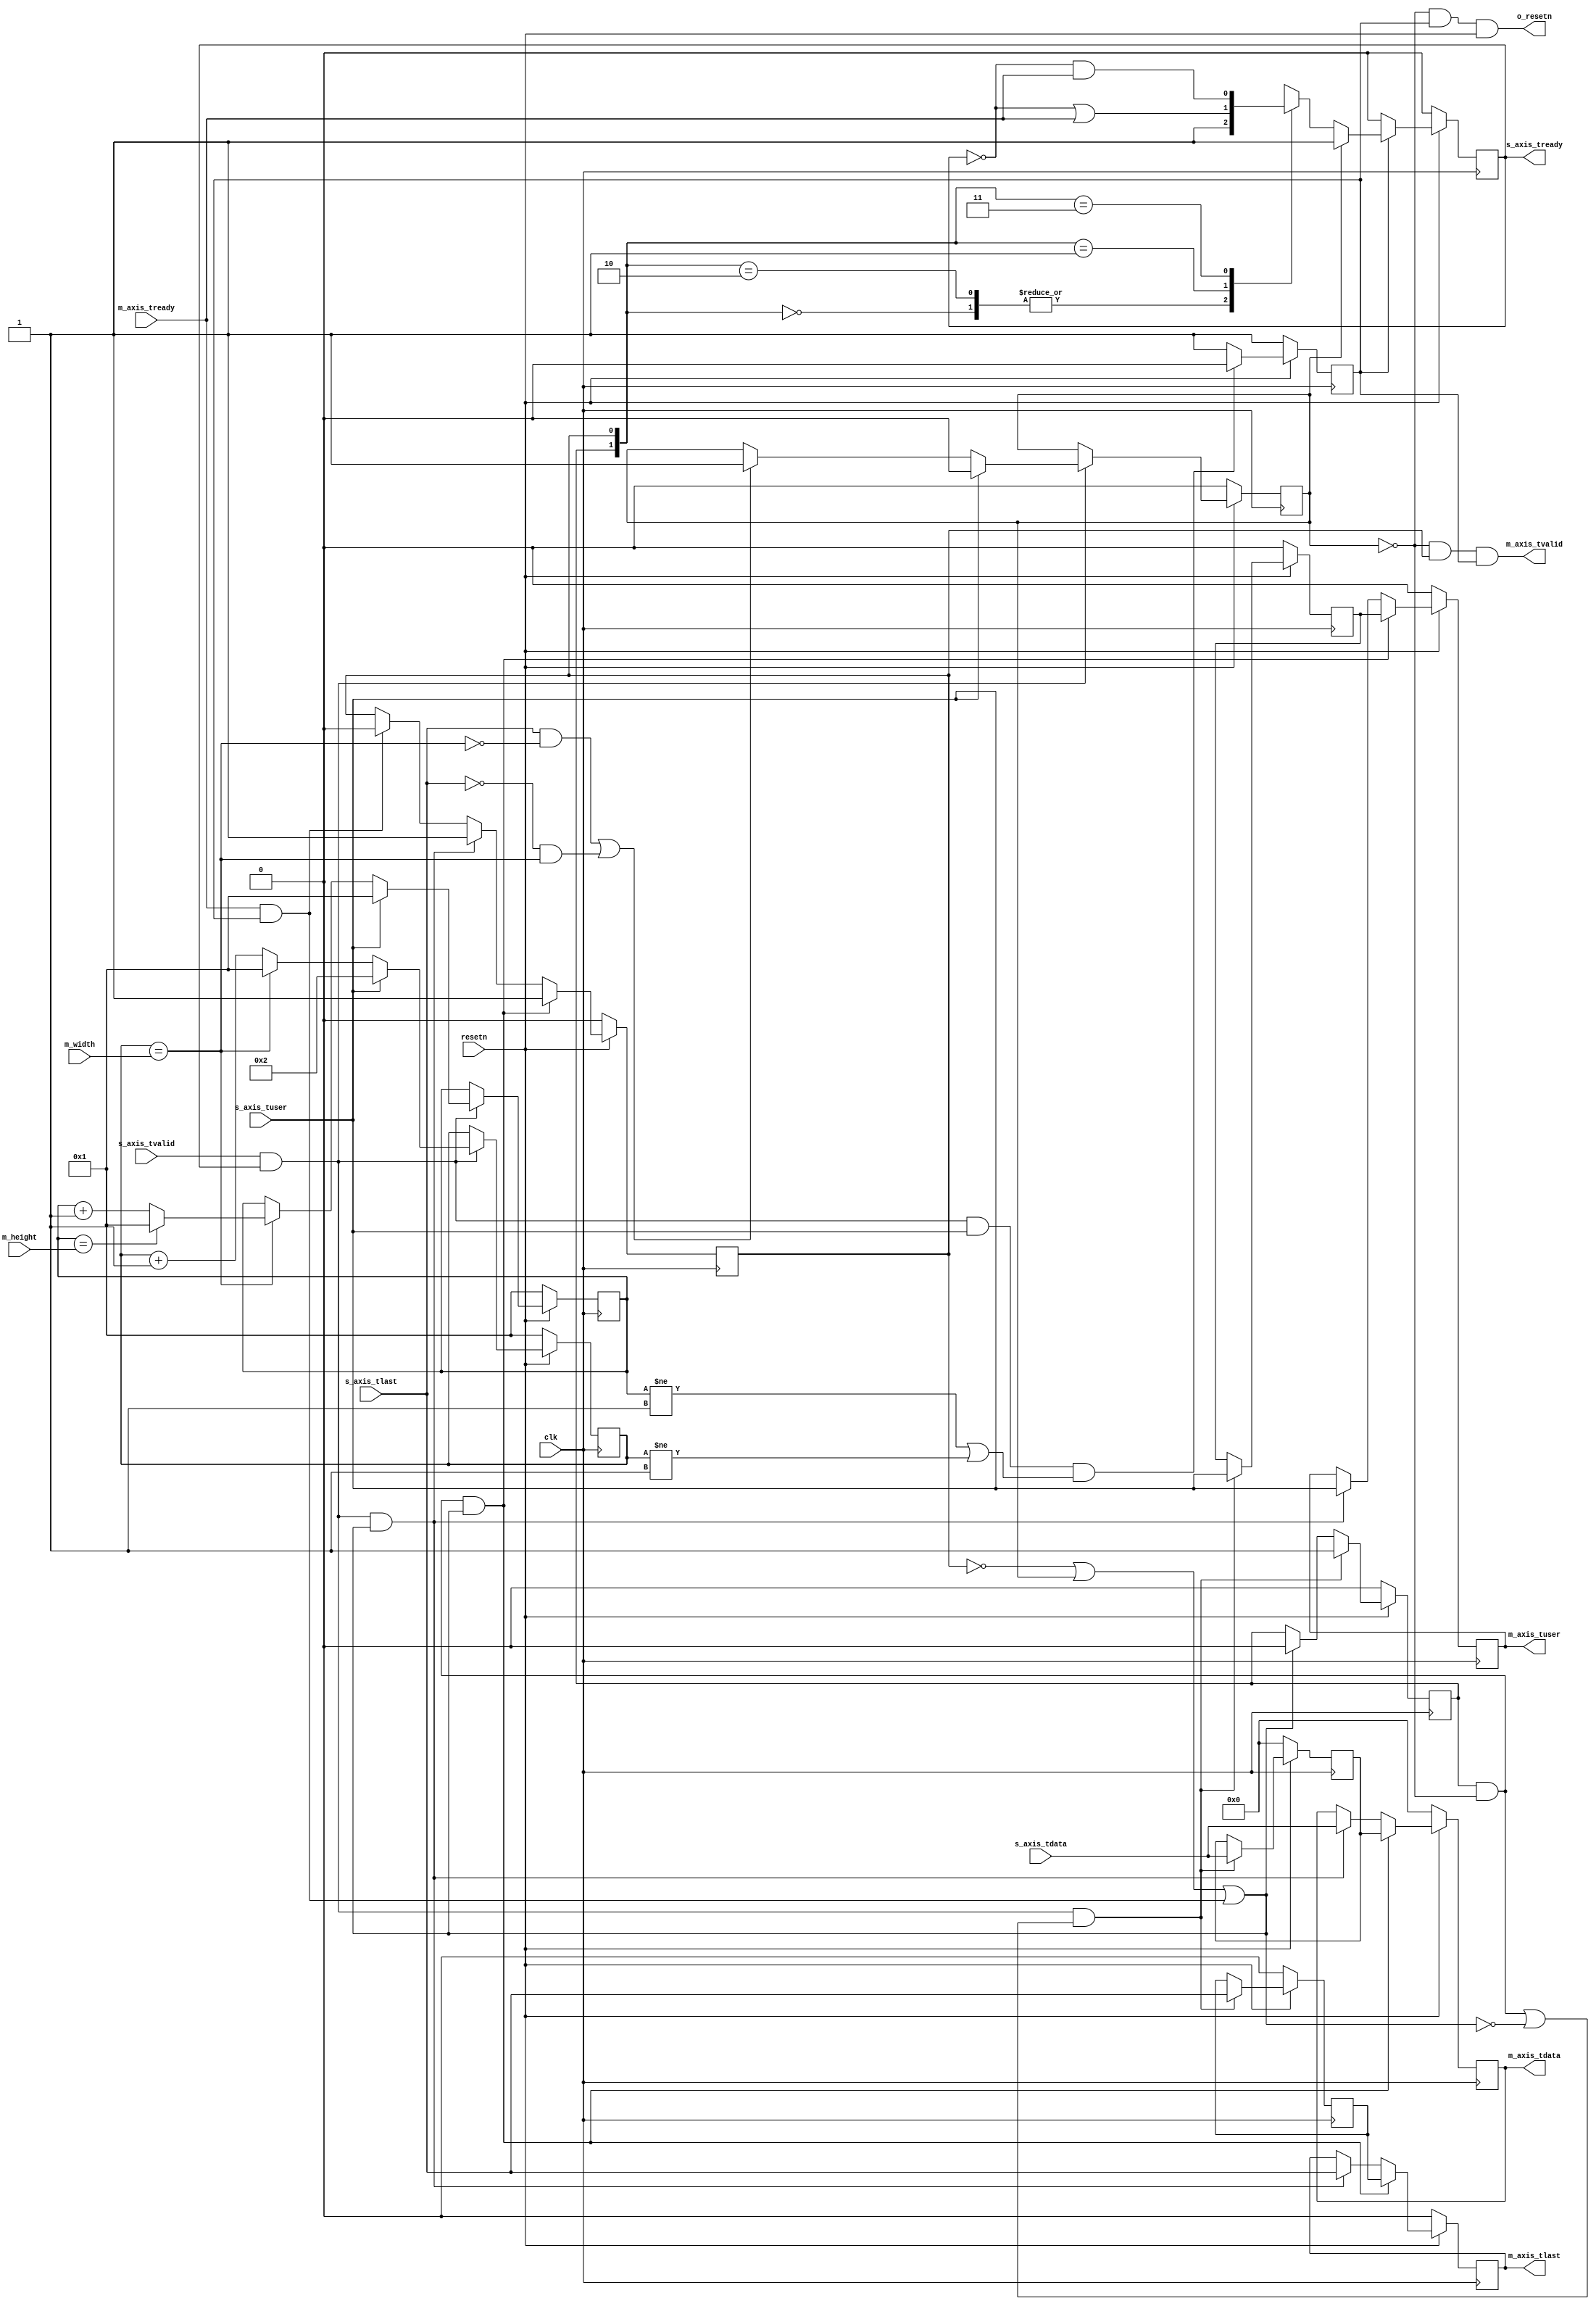
`timescale 1ns / 1ps
//////////////////////////////////////////////////////////////////////////////////
// Company:
// Engineer:
//
// Design Name:
// Module Name: scaler
// Project Name:
// Target Devices:
// Tool Versions:
// Description:
//
// Dependencies:
//
// Revision:
// Revision 0.01 - File Created
// Additional Comments:
//
//////////////////////////////////////////////////////////////////////////////////
module axis_reshaper_v2 #
(
	parameter integer C_PIXEL_WIDTH = 8,
	parameter integer C_LOCK_FRAMES = 2,
	parameter integer C_WIDTH_BITS = 12,
	parameter integer C_HEIGHT_BITS = 12
) (
	input  wire clk,
	input  wire resetn,

	input  wire s_axis_tvalid,
	input  wire [C_PIXEL_WIDTH-1:0] s_axis_tdata,
	input  wire s_axis_tuser,
	input  wire s_axis_tlast,
	output reg  s_axis_tready,

	output wire m_axis_tvalid,
	output reg  [C_PIXEL_WIDTH-1:0] m_axis_tdata,
	output reg  m_axis_tuser,
	output reg  m_axis_tlast,
	input  wire m_axis_tready,

	input  wire [C_WIDTH_BITS-1:0] m_width,
	input  wire [C_HEIGHT_BITS-1:0]m_height,

	output wire o_resetn
);
	wire                    relay_tvalid;
	reg [C_PIXEL_WIDTH-1:0] relay_tdata;
	reg                     relay_tuser;
	reg                     relay_tlast;
	wire                    relay_tready;

	reg drop_input;
	reg frame_resetn;
	assign o_resetn = (~drop_input && frame_resetn && resetn);

	reg m_axis_real_tvalid;
	assign m_axis_tvalid = ~drop_input && m_axis_real_tvalid && frame_resetn;
	wire m_axis_can_push;
	wire m_axis_final_tready;
	assign m_axis_can_push = (~m_axis_real_tvalid || drop_input || m_axis_final_tready);
	assign m_axis_final_tready = m_axis_tready && frame_resetn;

	reg relay_real_tvalid;
	assign relay_tvalid = relay_real_tvalid && ~drop_input;
	wire relay_can_push;
	assign relay_can_push = (~relay_tvalid || relay_tready);
	assign relay_tready = m_axis_can_push;
	

	wire snext;
	assign snext = s_axis_tvalid && s_axis_tready;
	wire relay_next;
	assign relay_next = relay_tvalid && relay_tready;

	/// count column / row
	reg [C_WIDTH_BITS-1:0]  col;
	reg [C_HEIGHT_BITS-1:0]  row;
	wire col_equal_width;
	assign col_equal_width = (col == m_width);
	wire row_equal_height;
	assign row_equal_height = (row == m_height);
	always @ (posedge clk) begin
		if (resetn == 1'b0)
			col <= 1;
		else if (snext) begin
			if (s_axis_tuser)
				col <= 2;
			else if (col_equal_width)
				col <= 1;
			else
				col  <= col + 1;
		end
	end
	always @ (posedge clk) begin
		if (resetn == 1'b0)
			row  <= 1;
		else if (snext) begin
			if (s_axis_tuser)
				row <= 1;
			else if (col_equal_width) begin
				if (row_equal_height)
					row <= 1;
				else
					row <= row + 1;
			end
		end
	end

	/// check error
	always @ (posedge clk) begin
		if (resetn == 1'b0) begin
			frame_resetn <= 1;
		end
		else if (snext && s_axis_tuser && (row != 1 || col != 1)) begin
			frame_resetn <= 0;
		end
		else begin
			frame_resetn <= 1;
		end
	end
	always @ (posedge clk) begin
		if (resetn == 1'b0) begin
			drop_input  <= 0;
		end
		else if (snext) begin
			if (s_axis_tuser) begin
				drop_input <= 0;
			end
			else begin
				if ((s_axis_tlast && ~col_equal_width)
					|| (~s_axis_tlast && col_equal_width)) begin
					drop_input <= 1;
				end
			end
		end
	end
//////////////////// detect end ///////////////////////////////////////
	always @ (posedge clk) begin
		if (resetn == 1'b0) begin
			relay_real_tvalid <= 0;
			relay_tdata  <= 0;
			relay_tuser  <= 0;
			relay_tlast  <= 0;
		end
		else if (snext && (relay_tvalid || ~m_axis_can_push)) begin
			relay_real_tvalid <= 1;
			relay_tdata  <= s_axis_tdata;
			relay_tuser  <= s_axis_tuser;
			relay_tlast  <= s_axis_tlast;
		end
		else if (relay_tready) begin
			relay_real_tvalid <= 0;
		end
	end

	always @ (posedge clk) begin
		if (resetn == 1'b0) begin
			m_axis_real_tvalid <= 0;
			m_axis_tdata  <= 0;
			m_axis_tuser  <= 0;
			m_axis_tlast  <= 0;
		end
		else if (relay_next) begin
			m_axis_real_tvalid <= 1;
			m_axis_tdata  <= relay_tdata;
			m_axis_tuser  <= relay_tuser;
			m_axis_tlast  <= relay_tlast;
		end
		else if (snext && m_axis_can_push) begin
			m_axis_real_tvalid <= 1;
			m_axis_tdata  <= s_axis_tdata;
			m_axis_tuser  <= s_axis_tuser;
			m_axis_tlast  <= s_axis_tlast;
		end
		else if (m_axis_final_tready) begin
			m_axis_real_tvalid <= 0;
		end
	end

	always @ (posedge clk) begin
		if (resetn == 1'b0)
			s_axis_tready <= 0;
		else if (frame_resetn == 1'b0)
			/// @note wait col/row reset to 1
			s_axis_tready <= 0;
		else if (drop_input == 1'b1)
			s_axis_tready <= 1;
		else begin
			case ({relay_real_tvalid, m_axis_real_tvalid})
			2'b00:
				s_axis_tready <= 1;
			2'b10: begin
				$write("err: invalid tvaild state: \n");
				s_axis_tready <= 1;
			end
			2'b01:
				s_axis_tready <= (~s_axis_tready || m_axis_tready);
			2'b11:
				s_axis_tready <= (~s_axis_tready && m_axis_tready);
			endcase
		end
	end

endmodule